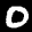
Label: 0